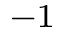
^ { - 1 }